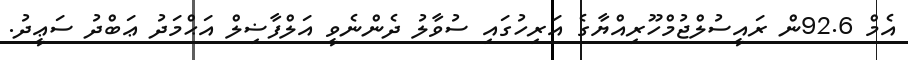
އެމް 92.6ން ރައީސުލްޖުމްހޫރިއްޔާގެ އަރިހުގައި ސުވާލު ދެންނެވީ އަލްފާޟިލް އަޙްމަދު ޢަބްދު ސަޢީދު.